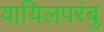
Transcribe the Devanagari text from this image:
वायिलपरंबु